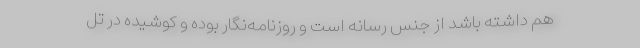
هم داشته باشد از جنس رسانه است و روزنامه‌نگار بوده و کوشیده در تل